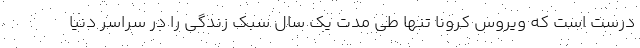
درست است که ویروس کرونا تنها طی مدت یک سال سبک زندگی را در سراسر دنیا